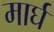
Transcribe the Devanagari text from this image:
मार्घ